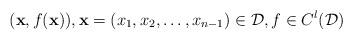
LaTeX: \begin{align*}(\mathbf{x},f(\mathbf{x})),\mathbf{x}=(x_1,x_2,\ldots,x_{n-1})\in\mathcal{D}, f\in C^{l}(\mathcal{D})\end{align*}